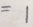
= 1